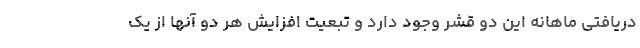
دریافتی ماهانه این دو قشر وجود دارد و تبعیت افزایش هر دو آنها از یک